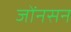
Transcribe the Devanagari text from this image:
जोंनसन